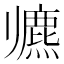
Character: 𱍶